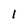
Character: 1